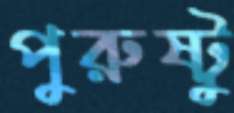
পুরুষ্টু